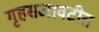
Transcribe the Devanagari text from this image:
गृहसजावटीत